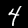
Digit: 4